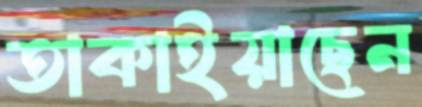
তাকাইয়াছেন